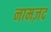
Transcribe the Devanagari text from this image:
नामज़द